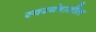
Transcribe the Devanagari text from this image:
स्वरयंत्रातील